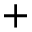
+